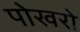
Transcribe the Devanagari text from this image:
पोखरो